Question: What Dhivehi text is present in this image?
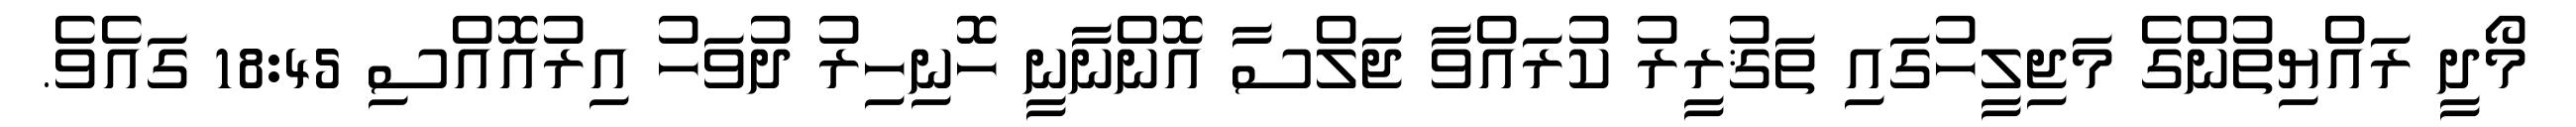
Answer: މޯދީ ރައްޔިތުންގެ މަޖިލީހުގައި ތަޤުރީރު ކުރައްވާ ޖަލްސާ އޮންނާނީ ހޮނިހިރު ދުވަހު އިރުއޮއްސި 18:45 ގައެވެ.